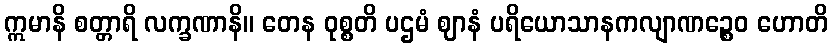
ဣမာနိ စတ္တာရိ လက္ခဏာနိ။ တေန ဝုစ္စတိ ပဌမံ ဈာနံ ပရိယောသာနကလျာဏဉ္စေဝ ဟောတိ